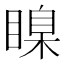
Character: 𥉒